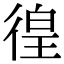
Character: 徨